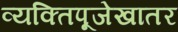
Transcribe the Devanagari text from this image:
व्यक्तिपूजेखातर